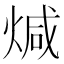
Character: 煘